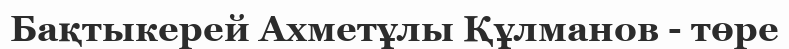
Бақтыкерей Ахметұлы Құлманов - төре